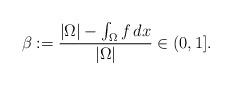
LaTeX: \begin{align*}\beta:=\frac{|\Omega|-\int_{\Omega}f\,dx}{|\Omega|}\in (0,1].\end{align*}